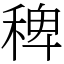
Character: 稗